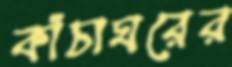
কাঁচাঘরের